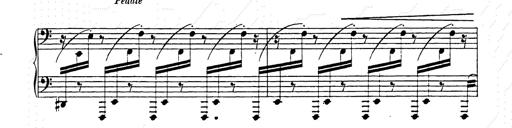
Title: Hungarian Rhapsody No.15
Composer: Franz Liszt
Key: A minor